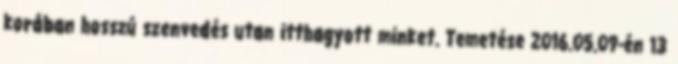
korában hosszú szenvedés utan itthagyott minket. Temetése 2016.05.09-én 13